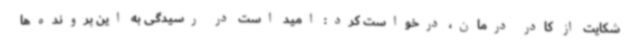
شکایت از کادر درمان، درخواست کرد: امید است در رسیدگی به این پرونده‌ها